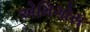
એમિગોસ